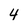
Character: 4